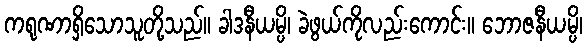
ကရုဏာရှိသောသူတို့သည်။ ခါဒနီယမ္ပိ၊ ခဲဖွယ်ကိုလည်းကောင်း။ ဘောဇနီယမ္ပိ၊